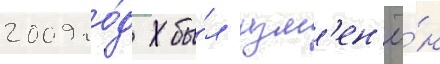
2009 го́д бы́л изм'ен'ё́н